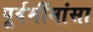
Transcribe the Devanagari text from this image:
पूर्वमींमांसा